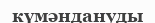
күмәндануды